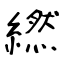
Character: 繎